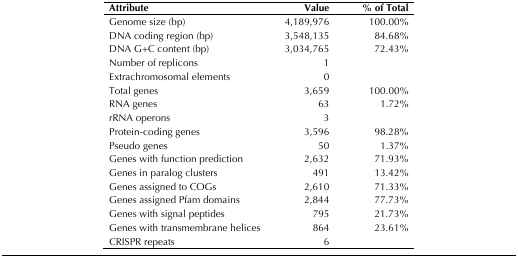
<table><thead><tr><td><b>Attribute</b></td><td><b>Value</b></td><td><b>% of Total</b></td></tr></thead><tbody><tr><td>Genome size (bp)</td><td>4,189,976</td><td>100.00%</td></tr><tr><td>DNA coding region (bp)</td><td>3,548,135</td><td>84.68%</td></tr><tr><td>DNA G+C content (bp)</td><td>3,034,765</td><td>72.43%</td></tr><tr><td>Number of replicons</td><td>1</td><td></td></tr><tr><td>Extrachromosomal elements</td><td>0</td><td></td></tr><tr><td>Total genes</td><td>3,659</td><td>100.00%</td></tr><tr><td>RNA genes</td><td>63</td><td>1.72%</td></tr><tr><td>rRNA operons</td><td>3</td><td></td></tr><tr><td>Protein-coding genes</td><td>3,596</td><td>98.28%</td></tr><tr><td>Pseudo genes</td><td>50</td><td>1.37%</td></tr><tr><td>Genes with function prediction</td><td>2,632</td><td>71.93%</td></tr><tr><td>Genes in paralog clusters</td><td>491</td><td>13.42%</td></tr><tr><td>Genes assigned to COGs</td><td>2,610</td><td>71.33%</td></tr><tr><td>Genes assigned Pfam domains</td><td>2,844</td><td>77.73%</td></tr><tr><td>Genes with signal peptides</td><td>795</td><td>21.73%</td></tr><tr><td>Genes with transmembrane helices</td><td>864</td><td>23.61%</td></tr><tr><td>CRISPR repeats</td><td>6</td><td></td></tr></tbody></table>